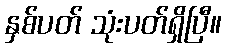
နှစ်ပတ် သုံးပတ်ရှိပြီ။